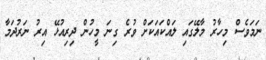
ނަމަވެސް މިހާރު މާލޭގައި ލައްކައަކަށް ވުރެ ގިނަ މީހުން ދިރިއުޅޭ އިރު ނަރުދަމާ